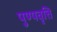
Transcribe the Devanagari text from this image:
पुण्यवृत्ति